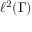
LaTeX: \ell ^ { 2 } ( \Gamma )